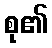
စု၏